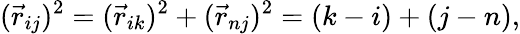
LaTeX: (\vec{r}_{ij})^{2}=(\vec{r}_{ik})^{2}+(\vec{r}_{nj})^{2}=(k-i)+(j-n),